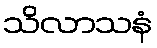
သိလာသနံ